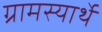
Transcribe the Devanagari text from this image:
ग्रामस्यार्थे